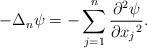
LaTeX: \begin{align*}-\Delta_n\psi=-\sum_{j=1}^n\frac{\partial^2\psi}{\partial {x_j}^2}.\end{align*}